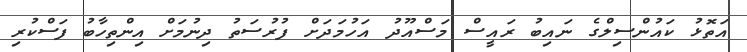
އަތޮޅު ކައުންސިލްގެ ނައިބު ރައީސް މަސްއޫދު އަހުމަދަށް ފުރުސަތު ދިނުމަށް އިންތިހާބު ފަސްކުރި